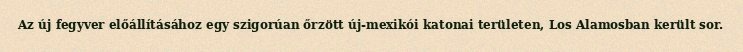
Az új fegyver előállításához egy szigorúan őrzött új-mexikói katonai területen, Los Alamosban került sor.